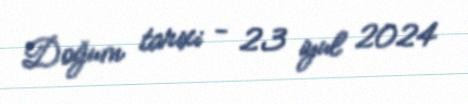
Doğum tarixi - 23 iyul 2024